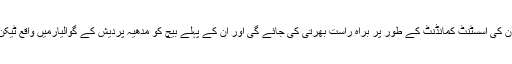
بھارتی حکام کا کہنا ہے کہ خواتین افسران کی اسسٹنٹ کمانڈنٹ کے طور پر براہ راست بھرتی کی جائے گی اور ان کے پہلے بیچ کو مدھیہ پردیش کے گوالیارمیں واقع ٹیکن پور ااکیڈمی میں ٹریننگ دی جائے گی۔